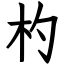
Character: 杓